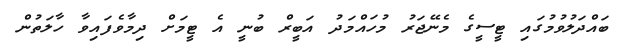
ބައްދަލުވުމުގައި ޓީސީގެ މެނޭޖަރު މުހައްމަދު އަބީރް ބުނީ އެ ޓީމަށް ދިމާވެފައިވާ ހާލަތުން